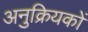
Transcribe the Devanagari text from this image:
अनुक्रियकों